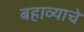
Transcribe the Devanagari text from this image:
बहाव्याचे